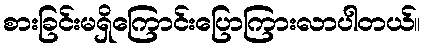
စားခြင်းမရှိကြောင်းပြောကြားလာပါတယ်။